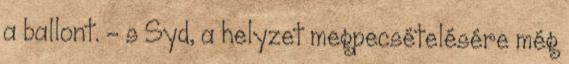
a ballont. - s Syd, a helyzet megpecsételésére még